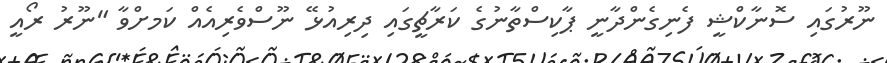
ނޫރުގައި ސޮނާކްޝީ ފެނިގެންދާނީ ޕާކިސްތާނުގެ ކަރާޗީގައި ދިރިއުޅޭ ނޫސްވެރިއެއް ކަމށްވާ "ނޫރު ރޯއީ